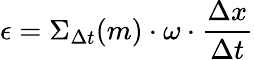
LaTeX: \epsilon=\Sigma_{\Delta t}(m)\cdot\omega\cdot\frac{\Delta x}{\Delta t}